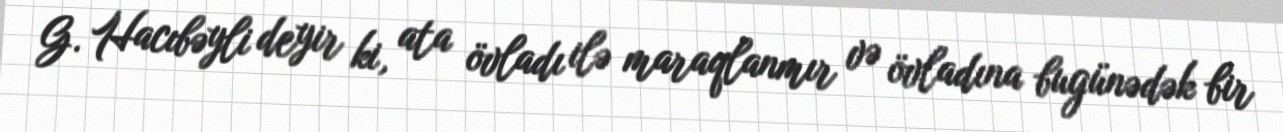
G. Hacıbəyli deyir ki, ata övladı ilə maraqlanmır və övladına bugünədək bir